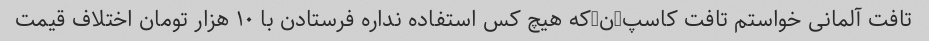
تافت آلمانی خواستم تافت کاسپ-ن-که هیچ کس استفاده نداره فرستادن با ۱۰ هزار تومان اختلاف قیمت